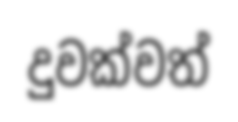
දුවක්වත්